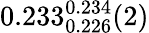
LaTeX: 0.233_{0.226}^{0.234}(2)